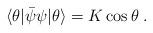
LaTeX: \begin{align*}\langle \theta | \bar{\psi} \psi | \theta \rangle= K \cos\theta\; .\end{align*}